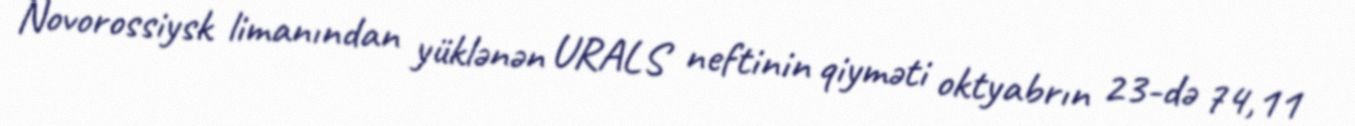
Novorossiysk limanından yüklənən URALS neftinin qiyməti oktyabrın 23-də 74,11